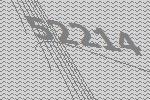
52214